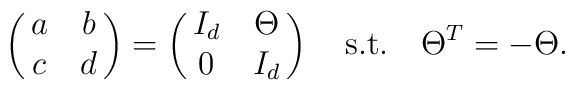
\left(\matrix{a&b\cr c&d}\right)=\left(\matrix{I_d&\Theta\cr 0&I_d}\right)\ \ \ {\rm s.t.}\ \ \ \Theta^T=-\Theta.